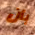
بأن